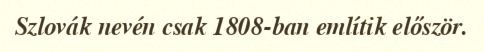
Szlovák nevén csak 1808-ban említik először.